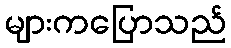
များကပြောသည်